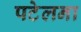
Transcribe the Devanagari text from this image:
पटेलना